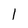
Character: 1